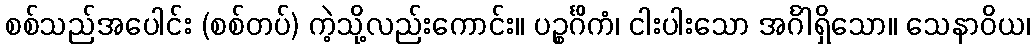
စစ်သည်အပေါင်း (စစ်တပ်) ကဲ့သို့လည်းကောင်း။ ပဉ္စင်္ဂိကံ၊ ငါးပါးသော အင်္ဂါရှိသော။ သေနာဝိယ၊